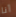
أنا